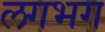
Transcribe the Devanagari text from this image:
लगभ्‍ाग